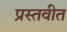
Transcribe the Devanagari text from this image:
प्रस्तवीत